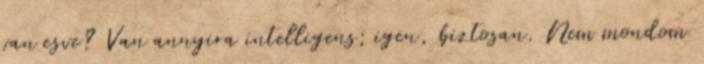
van esve? Van annyira intelligens; igen, biztosan. Nem mondom